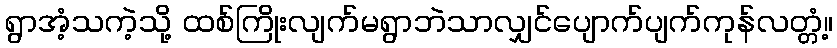
ရွာအံ့သကဲ့သို့ ထစ်ကြိုးလျက်မရွာဘဲသာလျှင်ပျောက်ပျက်ကုန်လတ္တံ့။